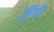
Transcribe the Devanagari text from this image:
ज़िंगोर